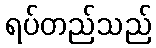
ရပ်တည်သည်